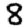
Digit: 8